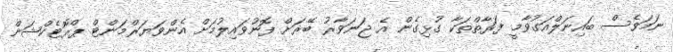
ނަމަވެސް ބައިނަލްއަގުވާމީ ފަރާތްތަކާ ގުޅިގެން އެ ޖަނަވާރު ބޭރަށް ފޮނުވައިލުމަށް އެންވަޔަރްމަންޓް ޕްރޮޓެކްޝަން